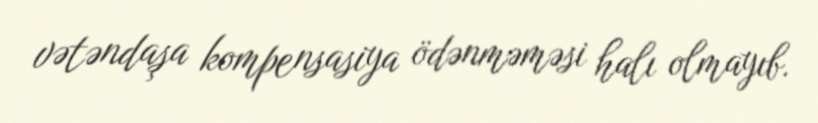
vətəndaşa kompensasiya ödənməməsi halı olmayıb.